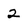
Character: 2